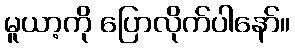
မူယာ့ကို ပြောလိုက်ပါနော်။